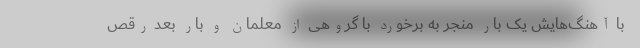
با آهنگ‌هایش یک بار منجر به برخورد با گروهی از معلمان و بار بعد رقص